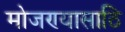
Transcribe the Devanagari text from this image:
मोजण्यासाठि